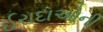
ઈરાદાઓની